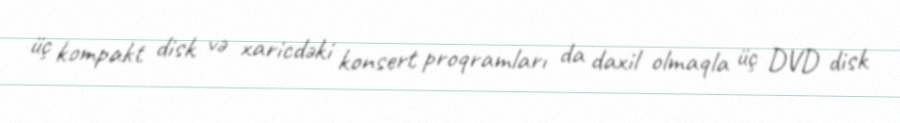
üç kompakt disk və xaricdəki konsert proqramları da daxil olmaqla üç DVD disk